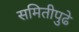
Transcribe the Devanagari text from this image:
समितीपुढे